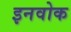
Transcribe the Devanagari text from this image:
इनवोक